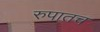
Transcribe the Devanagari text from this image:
रुपातच